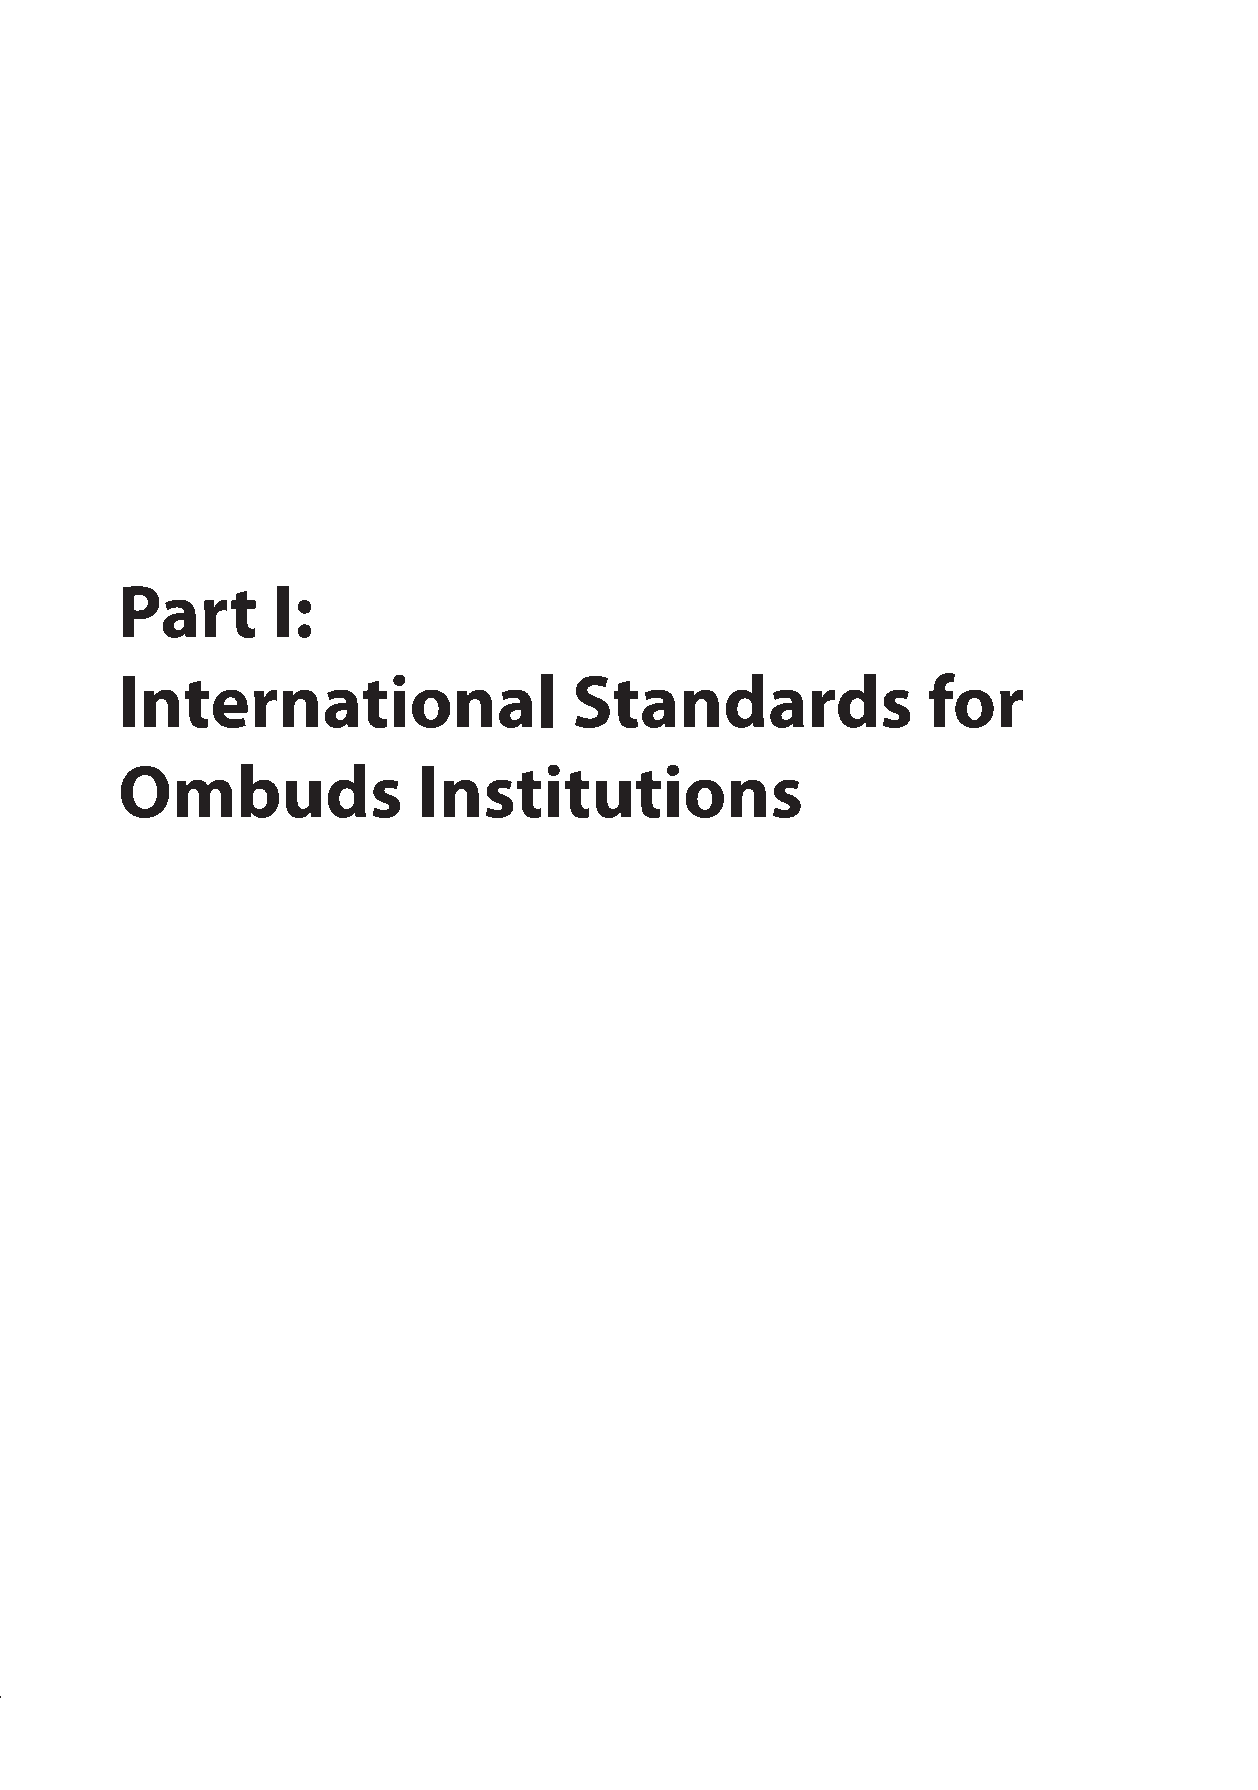
International References for the Establishment of Ombuds Institutions
 Part      I:
 International                 Standards              for
 Ombuds              Institutions
 9